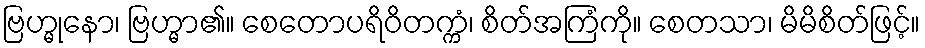
ဗြဟ္မုနော၊ ဗြဟ္မာ၏။ စေတောပရိဝိတက္ကံ၊ စိတ်အကြံကို။ စေတသာ၊ မိမိစိတ်ဖြင့်။